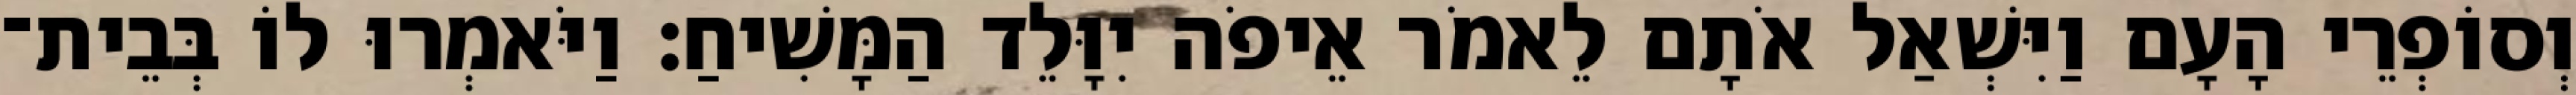
וְסוֹפְרֵי הָעָם וַיִּשְׁאַל אֹתָם לֵאמֹר אֵיפֹה יִוָּלֵד הַמָּשִׁיחַ׃ וַיֹּאמְרוּ לוֹ בְּבֵית־